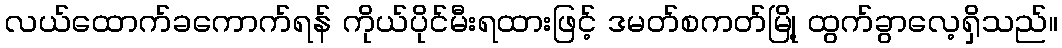
လယ်ထောက်ခကောက်ရန် ကိုယ်ပိုင်မီးရထားဖြင့် ဒမတ်စကတ်မြို့ ထွက်ခွာလေ့ရှိသည်။